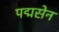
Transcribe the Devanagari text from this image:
पद्मसेन